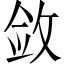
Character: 敛